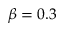
\beta = 0 . 3